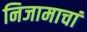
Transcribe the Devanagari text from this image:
निजामाचां